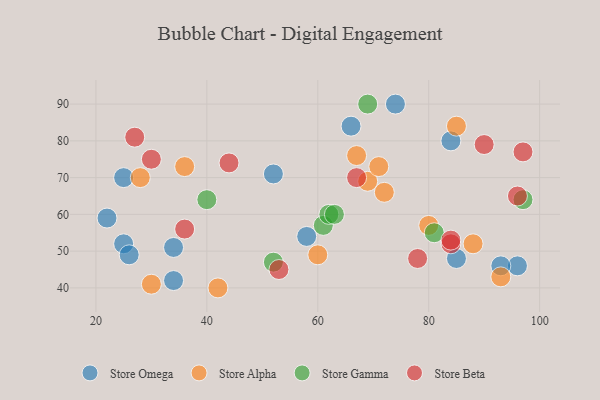
{"axis": {"x": "GDP", "y": "Life Expectancy"}, "legend": ["Store Alpha", "Store Beta", "Store Gamma", "Store Omega"], "data": [{"x": "66", "y": 84, "type": "Store Omega"}, {"x": "96", "y": 46, "type": "Store Omega"}, {"x": "25", "y": 52, "type": "Store Omega"}, {"x": "22", "y": 59, "type": "Store Omega"}, {"x": "52", "y": 71, "type": "Store Omega"}, {"x": "84", "y": 80, "type": "Store Omega"}, {"x": "93", "y": 46, "type": "Store Omega"}, {"x": "85", "y": 48, "type": "Store Omega"}, {"x": "25", "y": 70, "type": "Store Omega"}, {"x": "58", "y": 54, "type": "Store Omega"}, {"x": "34", "y": 42, "type": "Store Omega"}, {"x": "74", "y": 90, "type": "Store Omega"}, {"x": "34", "y": 51, "type": "Store Omega"}, {"x": "26", "y": 49, "type": "Store Omega"}, {"x": "42", "y": 40, "type": "Store Alpha"}, {"x": "60", "y": 49, "type": "Store Alpha"}, {"x": "88", "y": 52, "type": "Store Alpha"}, {"x": "69", "y": 69, "type": "Store Alpha"}, {"x": "93", "y": 43, "type": "Store Alpha"}, {"x": "71", "y": 73, "type": "Store Alpha"}, {"x": "85", "y": 84, "type": "Store Alpha"}, {"x": "80", "y": 57, "type": "Store Alpha"}, {"x": "36", "y": 73, "type": "Store Alpha"}, {"x": "28", "y": 70, "type": "Store Alpha"}, {"x": "30", "y": 41, "type": "Store Alpha"}, {"x": "72", "y": 66, "type": "Store Alpha"}, {"x": "67", "y": 76, "type": "Store Alpha"}, {"x": "61", "y": 57, "type": "Store Gamma"}, {"x": "81", "y": 55, "type": "Store Gamma"}, {"x": "52", "y": 47, "type": "Store Gamma"}, {"x": "40", "y": 64, "type": "Store Gamma"}, {"x": "62", "y": 60, "type": "Store Gamma"}, {"x": "63", "y": 60, "type": "Store Gamma"}, {"x": "97", "y": 64, "type": "Store Gamma"}, {"x": "69", "y": 90, "type": "Store Gamma"}, {"x": "53", "y": 45, "type": "Store Beta"}, {"x": "90", "y": 79, "type": "Store Beta"}, {"x": "67", "y": 70, "type": "Store Beta"}, {"x": "78", "y": 48, "type": "Store Beta"}, {"x": "84", "y": 52, "type": "Store Beta"}, {"x": "44", "y": 74, "type": "Store Beta"}, {"x": "96", "y": 65, "type": "Store Beta"}, {"x": "97", "y": 77, "type": "Store Beta"}, {"x": "36", "y": 56, "type": "Store Beta"}, {"x": "27", "y": 81, "type": "Store Beta"}, {"x": "30", "y": 75, "type": "Store Beta"}, {"x": "84", "y": 53, "type": "Store Beta"}]}